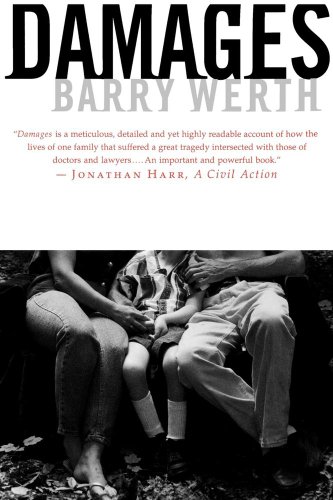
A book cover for DAMAGES; Barry Werth; Law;